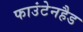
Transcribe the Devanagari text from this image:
फाउंटेनहैड